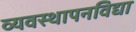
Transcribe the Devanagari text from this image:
व्यवस्थापनविद्या